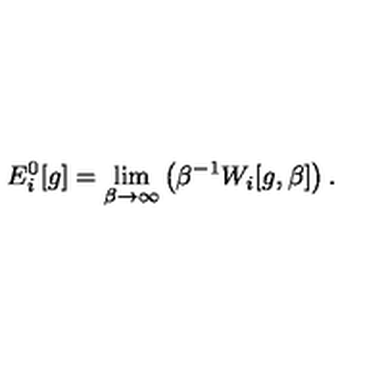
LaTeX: E _ { i } ^ { 0 } [ g ] = \lim _ { \beta \rightarrow \infty } \left( \beta ^ { - 1 } W _ { i } [ g , \beta ] \right) .